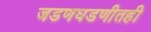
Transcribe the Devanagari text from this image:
जडणघडणीतही